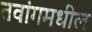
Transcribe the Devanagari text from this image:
तवांगमधील